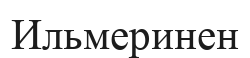
Ильмеринен